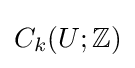
C_{k}(U;\mathbb {Z} )